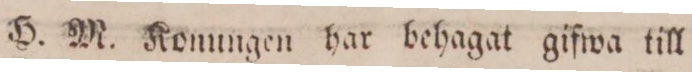
H. M. Konungen har behagat gifwa till